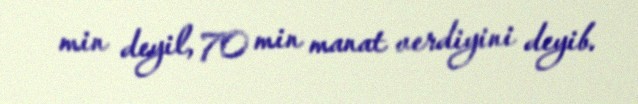
min deyil, 70 min manat verdiyini deyib.